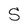
Character: S